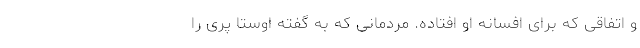
و اتفاقی که برای افسانه او افتاده. مردمانی که به گفته اوستا پری را